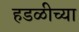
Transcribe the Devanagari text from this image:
हडळीच्या